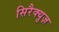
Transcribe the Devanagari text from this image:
सिरैक्युज़